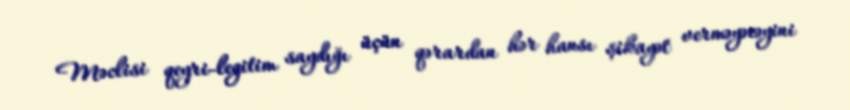
Məclisi qeyri-legitim saydığı üçün qərardan hər hansı şikayət verməyəcəyini